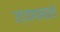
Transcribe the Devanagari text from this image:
उद्यापनाचे